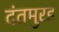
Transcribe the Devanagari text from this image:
दंतमुरड